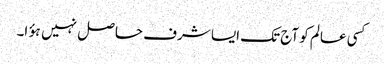
کسی عالم کو آج تک ایسا شرف حاصل نہیں ہؤا۔